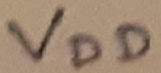
Text: VDD